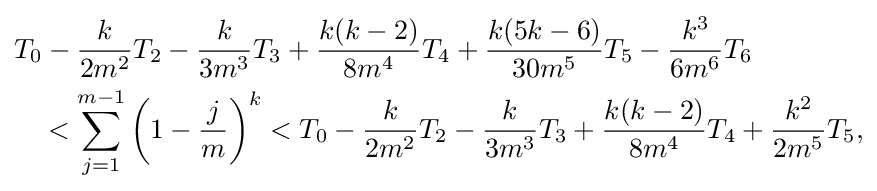
{\begin{aligned}T_{0}-{\frac {k}{2m^{2}}}T_{2}-{\frac {k}{3m^{3}}}T_{3}+{\frac {k(k-2)}{8m^{4}}}T_{4}+{\frac {k(5k-6)}{30m^{5}}}T_{5}-{\frac {k^{3}}{6m^{6}}}T_{6}\qquad \qquad \\<\sum _{j=1}^{m-1}\left(1-{\frac {j}{m}}\right)^{k}<T_{0}-{\frac {k}{2m^{2}}}T_{2}-{\frac {k}{3m^{3}}}T_{3}+{\frac {k(k-2)}{8m^{4}}}T_{4}+{\frac {k^{2}}{2m^{5}}}T_{5},\end{aligned}}